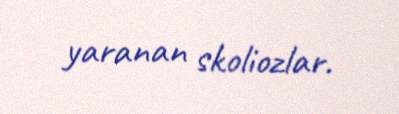
yaranan skoliozlar.